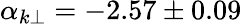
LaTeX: \alpha_{k\perp}=-2.57\pm 0.09